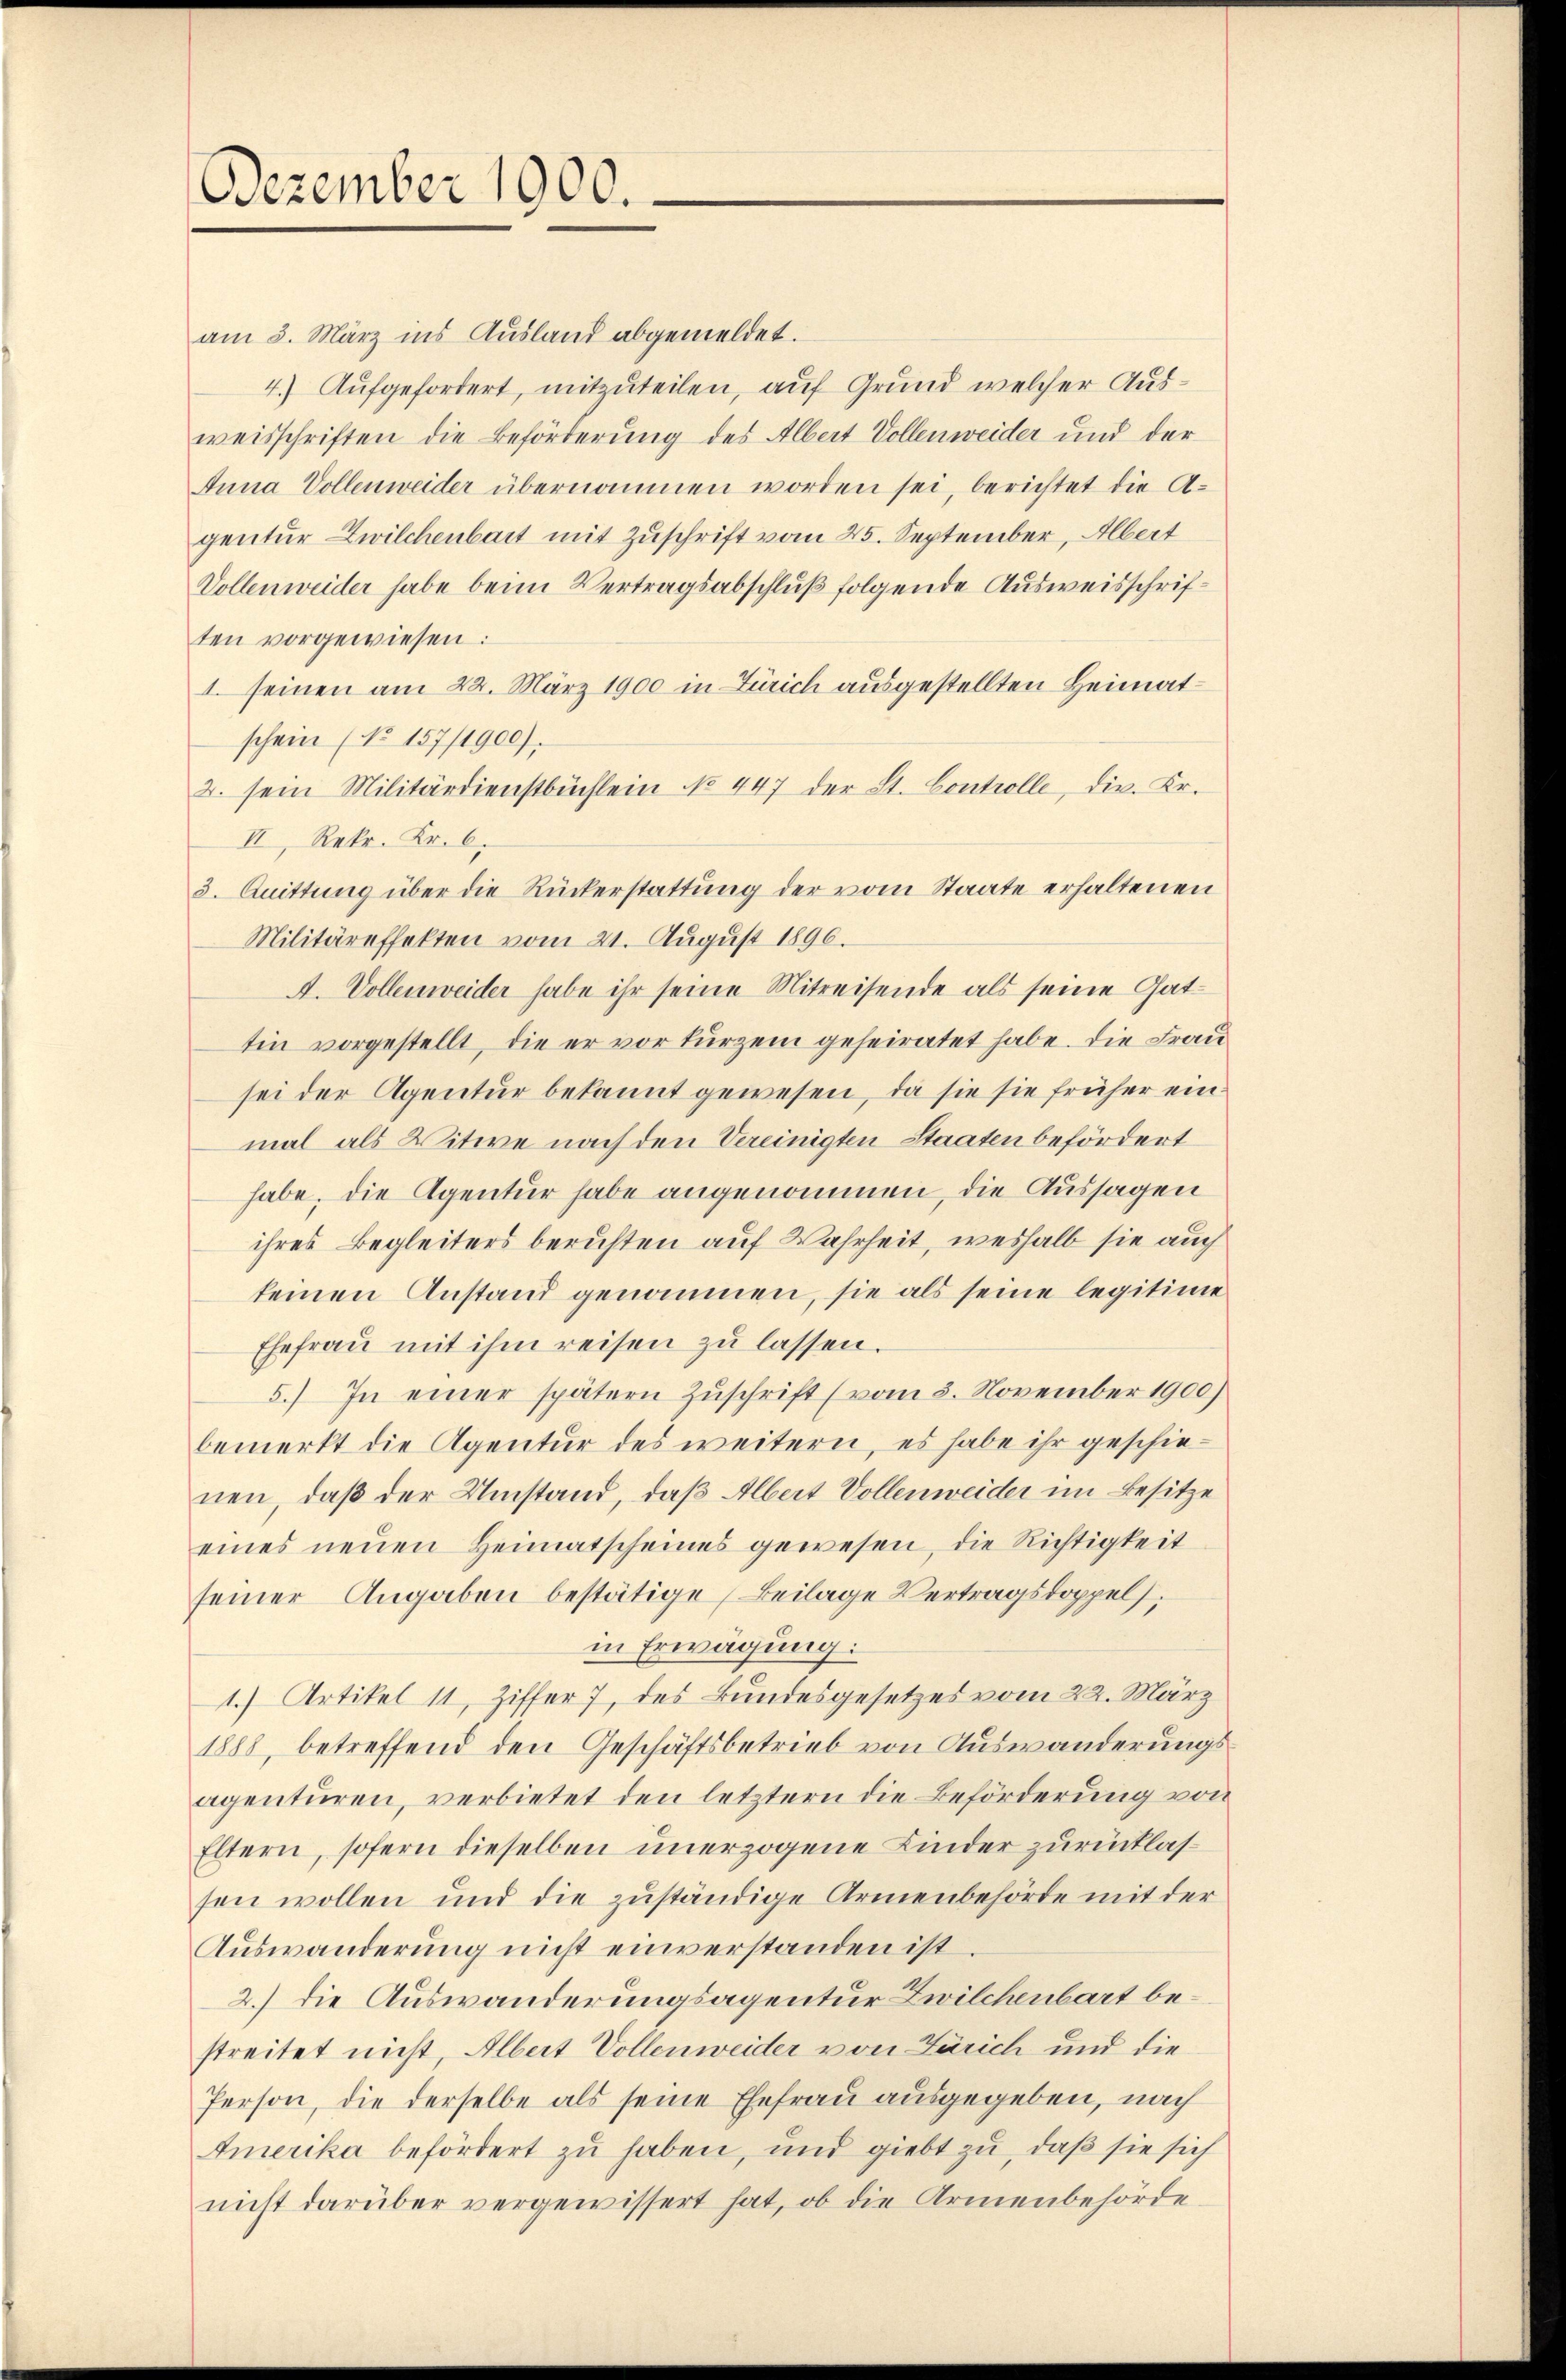
Dezember 1900.

am 3. März ins Ausland abgemeldet.
4.) Aufgefordert, mitzuteilen, auf Grund welcher Ausweisschriften die Beförderung des Albert Vollenweider und der
Anna Vollenweider übernommen worden sei, berichtet die Agentur Zwilchenbart mit Zuschrift vom 25. September, Albert
Vollenweider habe beim Vertragsabschluß folgende Ausweisschriften vorgewiesen:
1. seinen am 22. März 1900 in Zürich ausgestellten Heimatschein (No. 157/1900).
2. sein Militärdienstbüchlein No 447 der St. Controlle, dir. Kr.
II, Rekr. Kr. 6.
3. Quittung über die Rückerstattŭng der vom Staate erhaltenen
Militäreffekten vom 21. August 1896.
A. Vollenweider habe ihr seine Mitreisende als seine Gattin vorgestellt, die er vor kurzem geheiratet habe. Die Frau
sei der Agentur bekannt gewesen, da sie sie früher ein
mal als Witwe nach den Vereinigten Staaten befördert
habe, die Agentur habe angenommen, die Aussagen
ihres Begleiters beruhten auf Wahrheit, weshalb sie auch
keinen Anstand genommen, sie als seine legitime
Ehefrau mit ihm reisen zu lassen.
5.) In einer spätern Zuschrift (vom 3. November 1900)
bemerkt die Agentur des weitern, es habe ihr geschie-
nen, daß der Umstand, daß Albert Vollenweider im Besitze
eines neuen Heimatscheines gewesen, die Richtigkeit
seiner Angaben bestätige (Beilage Vertragsdoppels,
in Erwägung:
1.) Artikel 11, Ziffer 7, des Bundesgesetzes vom 22. März
1888, betreffend den Geschäftsbetrieb von Auswanderungsagenturen, verbietet den letztern die Beförderung von
Eltern, sofern dieselben unerzogene Kinder zurücklassen wollen und die zuständige Armenbehörde mit der
Auswanderung nicht einverstanden ist.
2.) die Auswanderungsagentur Zwilchenbart bestreitet nicht, Albert Vollenweider von Zürich und die
Person, die derselbe als seine Ehefrau ausgegeben, nach
Amerika befördert zu haben, und giebt zu, daß sie sich
nicht darüber vergewissert hat, ob die Armenbehörde